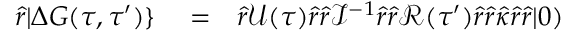
\begin{array} { r l r } { \hat { r } | \Delta G ( \tau , \tau ^ { \prime } ) \} } & { { } = } & { \hat { r } \mathcal { U } ( \tau ) \hat { r } \hat { r } \mathcal { I } ^ { - 1 } \hat { r } \hat { r } \mathcal { R } ( \tau ^ { \prime } ) \hat { r } \hat { r } \hat { \kappa } \hat { r } \hat { r } | 0 ) } \end{array}